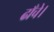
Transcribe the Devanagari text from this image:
ढाँचे।